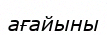
ағайыны